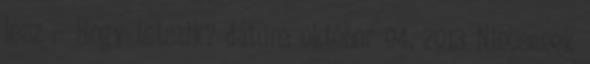
lesz :- Hogy tetszik? dátum: október 04, 2013 Nincsenek